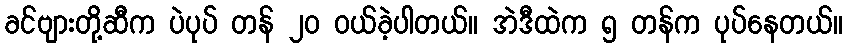
ခင်ဗျားတို့ဆီက ပဲပုပ် တန် ၂၀ ဝယ်ခဲ့ပါတယ်။ အဲဒီထဲက ၅ တန်က ပုပ်နေတယ်။